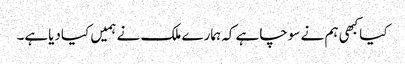
کیاکبھی ہم نے سوچاہے کہ ہمارے ملک نے ہمیں کیادیاہے۔